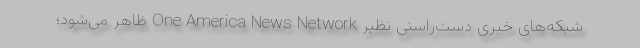
شبکه‌های خبری دست‌راستی نظیر One America News Network ظاهر می‌شود؛